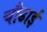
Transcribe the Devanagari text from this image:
चौढाई